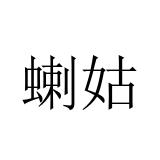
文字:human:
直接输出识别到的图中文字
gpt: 蝲姑